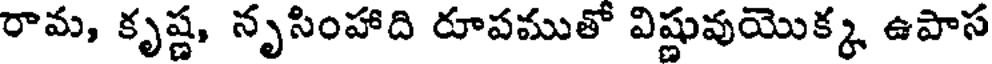
రామ, కృష్ణ, నృసింహాది రూపముతో విష్ణువుయొక్క ఉపాస